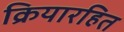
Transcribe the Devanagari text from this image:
क्रियारहित